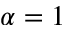
\alpha = 1